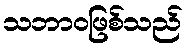
သဘာဝဖြစ်သည်